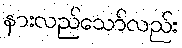
နားလည်သော်လည်း